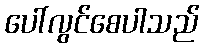
ပေါ်လွင်စေပါသည်